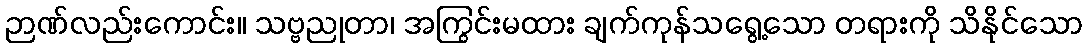
ဉာဏ်လည်းကောင်း။ သဗ္ဗညုတာ၊ အကြွင်းမထား ချက်ကုန်သရွေ့သော တရားကို သိနိုင်သော